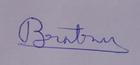
Signature authenticity: genuine